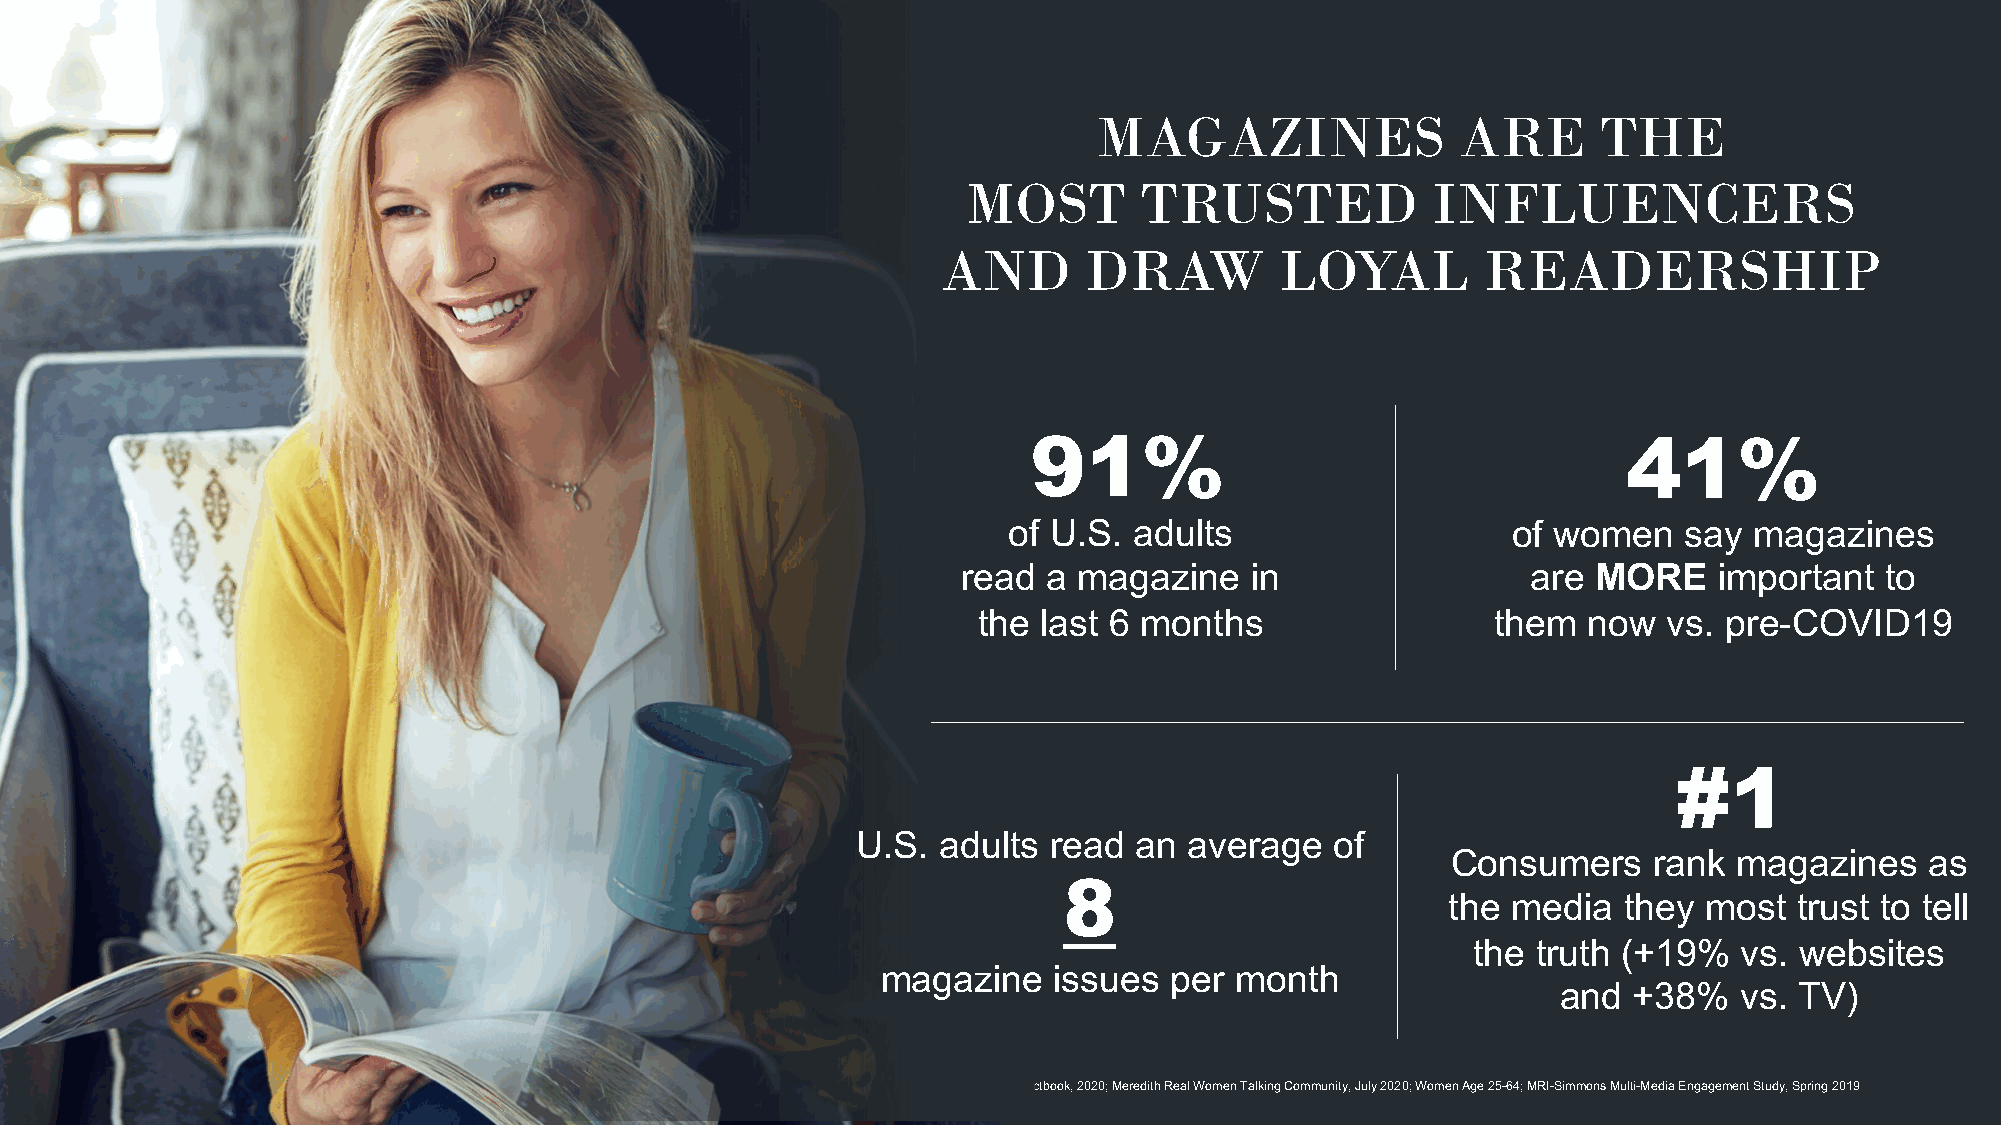
MAGAZINES               ARE      THE
 MOST       TRUSTED             INFLUENCERS
 AND       DRAW         LOYAL        READERSHIP
 91%                                     41%
 of U.S. adults                   of women   say  magazines
 read a magazine    in                are  MORE    important  to
 the last 6 months                 them  now  vs. pre-COVID19
 #1
 U.S. adults read  an  average  of
 Consumers    rank  magazines    as
 8
 the media  they  most  trust to tell
 the  truth (+19%  vs. websites
 magazine    issues per  month
 and  +38%   vs. TV)
 Sources: MPA Factbook, 2020; Meredith Real Women Talking Community, July 2020; Women Age 25-64; MRI-Simmons Multi-Media Engagement Study, Spring 2019